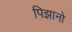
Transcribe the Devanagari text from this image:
पिझानो